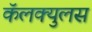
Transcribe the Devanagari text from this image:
कॅलक्युलस